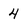
Character: 4